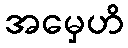
အမှေဟိ